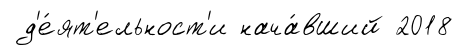
д'е́ят'ельност'и нача́вший 2018